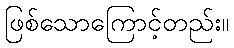
ဖြစ်သောကြောင့်တည်း။